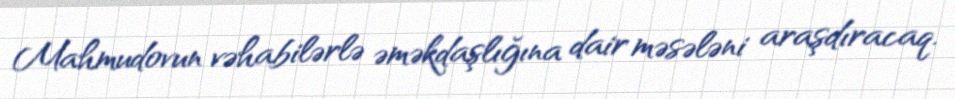
Mahmudovun vəhabilərlə əməkdaşlığına dair məsələni araşdıracaq.